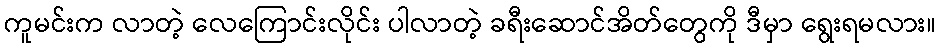
ကူမင်းက လာတဲ့ လေကြောင်းလိုင်း ပါလာတဲ့ ခရီးဆောင်အိတ်တွေကို ဒီမှာ ရွေးရမလား။